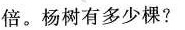
倍。杨树有多少棵?